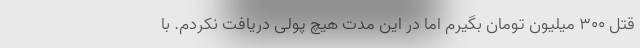
قتل ۳۰۰ میلیون تومان بگیرم اما در این مدت هیچ پولی دریافت نکردم. با